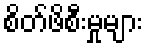
စိတ်ဖိစီးမှုများ